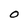
Character: O